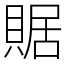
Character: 䝻